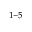
^ { 1 - 5 }